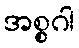
အစ္စဂါ